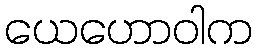
ယေဟောဝါက